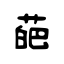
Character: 葩